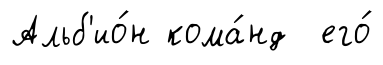
Альб'ио́н кома́нд его́